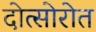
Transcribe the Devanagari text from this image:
दोत्सोरोत